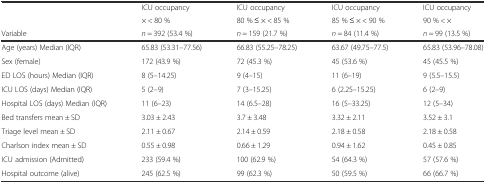
| <ROWSPAN=2>  | ICU occupancy | ICU occupancy | ICU occupancy | ICU occupancy |
 | × < 80 % | 80 % ≤ × < 85 % | 85 % ≤ × < 90 % | 90 % < × |
 | Variable | n = 392 (53.4 %) | n = 159 (21.7 %) | n = 84 (11.4 %) | n = 99 (13.5 %) |
 | --- | --- | --- | --- | --- |
 | Age (years) Median (IQR) | 65.83 (53.31–77.56) | 66.83 (55.25–78.25) | 63.67 (49.75–77.5) | 65.83 (53.96–78.08) |
 | Sex (female) | 172 (43.9 %) | 72 (45.3 %) | 45 (53.6 %) | 45 (45.5 %) |
 | ED LOS (hours) Median (IQR) | 8 (5–14.25) | 9 (4–15) | 11 (6–19) | 9 (5.5–15.5) |
 | ICU LOS (days) Median (IQR) | 5 (2–9) | 7 (3–15.25) | 6 (2.25–15.25) | 6 (2–9) |
 | Hospital LOS (days) Median (IQR) | 11 (6–23) | 14 (6.5–28) | 16 (5–33.25) | 12 (5–34) |
 | Bed transfers mean ± SD | 3.03 ± 2.43 | 3.7 ± 3.48 | 3.32 ± 2.11 | 3.52 ± 3.1 |
 | Triage level mean ± SD | 2.11 ± 0.67 | 2.14 ± 0.59 | 2.18 ± 0.58 | 2.18 ± 0.58 |
 | Charlson index mean ± SD | 0.55 ± 0.98 | 0.66 ± 1.29 | 0.94 ± 1.62 | 0.45 ± 0.85 |
 | ICU admission (Admitted) | 233 (59.4 %) | 100 (62.9 %) | 54 (64.3 %) | 57 (57.6 %) |
 | Hospital outcome (alive) | 245 (62.5 %) | 99 (62.3 %) | 50 (59.5 %) | 66 (66.7 %) |